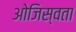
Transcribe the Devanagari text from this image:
ओजिस्वता